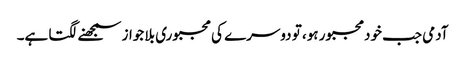
آدمی جب خودمجبور ہو، تو دوسرے کی مجبوری بلا جواز سمجھنے لگتا ہے۔